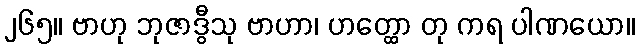
၂၆၅။ ဗာဟု ဘုဇာဒွီသု ဗာဟာ၊ ဟတ္ထော တု ကရ ပါဏယော။